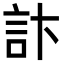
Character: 𮗾